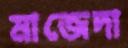
মাজেদা